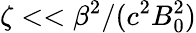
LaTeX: \zeta<<\beta^{2}/(c^{2}B_{0}^{2})